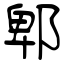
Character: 郫